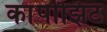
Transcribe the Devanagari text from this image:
कांपोझिट